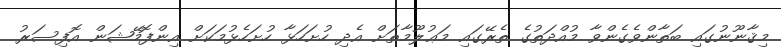
މިޤާނޫނުގައި ބަތާންވެގެންވާ މުއްދަތުގެ ތެރޭގައި މަޢުލޫމާތަށް އެދި ހުށަހަޅާ ހުށަހެޅުމަކަށް އިންފޮމޭޝަން އޮފިސަރު